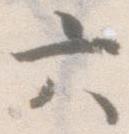
六